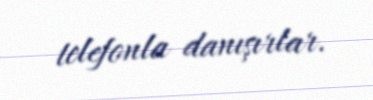
telefonla danışırlar.